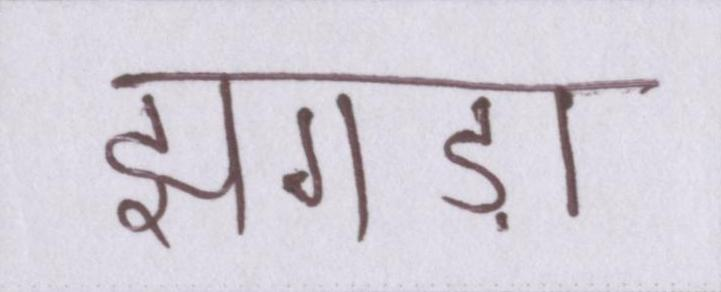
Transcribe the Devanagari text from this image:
झगड़ा